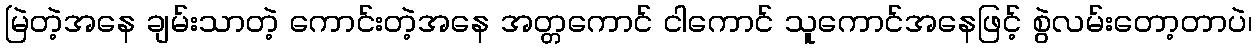
မြဲတဲ့အနေ ချမ်းသာတဲ့ ကောင်းတဲ့အနေ အတ္တကောင် ငါကောင် သူကောင်အနေဖြင့် စွဲလမ်းတော့တာပဲ၊